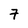
Character: 7